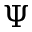
\Psi